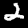
Label: 2